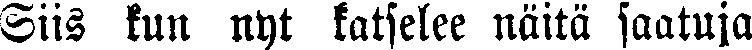
Siis kun nyt katselee näitä saatuja